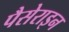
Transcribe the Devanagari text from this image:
पैसेराइन